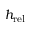
h _ { \mathrm { r e l } }